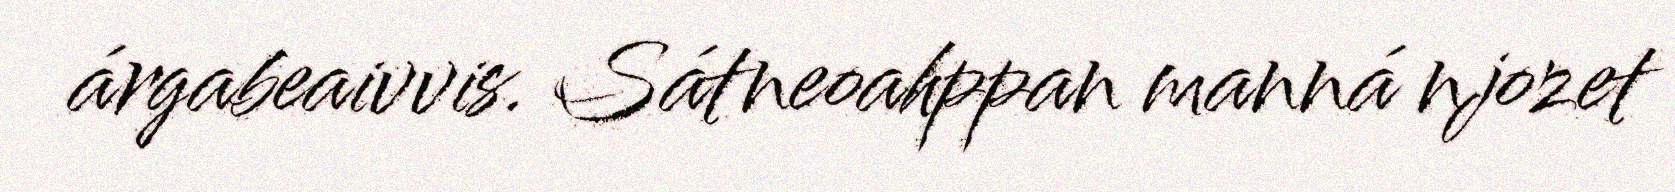
árgabeaivvis. Sátneoahppan manná njozet